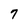
Character: 7